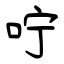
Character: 咛